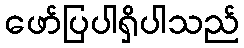
ဖော်ပြပါရှိပါသည်